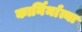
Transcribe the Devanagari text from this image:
कार्निर्मात्या